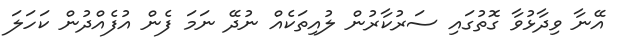
އޭނާ ވިދާޅުވާ ގޮތުގައި ސަރުކާރުން ލުއިތަކެއް ނުދޭ ނަމަ ފެން އުފެއްދުން ކަހަލަ